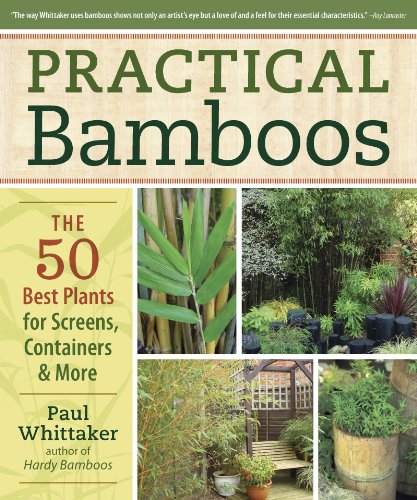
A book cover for Practical Bamboos: The 50 Best Plants for Screens, Containers and More; Paul Whittaker; Crafts, Hobbies & Home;